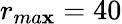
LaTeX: r_{ma\mathbf{x}}=40